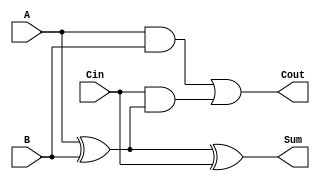
module low_power_full_adder (
    input wire A,       // First input bit
    input wire B,       // Second input bit
    input wire Cin,     // Carry input bit
    output wire Sum,    // Output sum bit
    output wire Cout    // Carry output bit
);

// Intermediate signals
wire AxorB;          // A XOR B
wire AandB;          // A AND B
wire CinAndAxorB;    // Cin AND (A XOR B)

// Sum calculation using XOR gates
assign AxorB = A ^ B;             // Compute A XOR B
assign Sum = AxorB ^ Cin;         // Sum = (A XOR B) XOR Cin

// Carry-out calculation using AND and OR gates
assign AandB = A & B;             // Compute A AND B
assign CinAndAxorB = Cin & AxorB; // Compute Cin AND (A XOR B)
assign Cout = AandB | CinAndAxorB; // Cout = (A AND B) OR (Cin AND (A XOR B))

endmodule